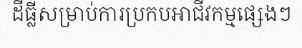
ដីធ្លីសម្រាប់ការប្រកបអាជីវកម្មផ្សេងៗ